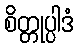
စိတ္တုပ္ပါဒံ